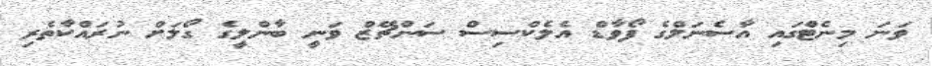
ވަނަ މިނެޓްގައި އާސެނަލްގެ ފޯވާޑް އެލެކްސިސް ސަންޗޭޒް ވަނީ ބާންލީގެ ގޯލަށް ނުރައްކާތެރި